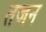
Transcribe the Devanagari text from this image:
तजन